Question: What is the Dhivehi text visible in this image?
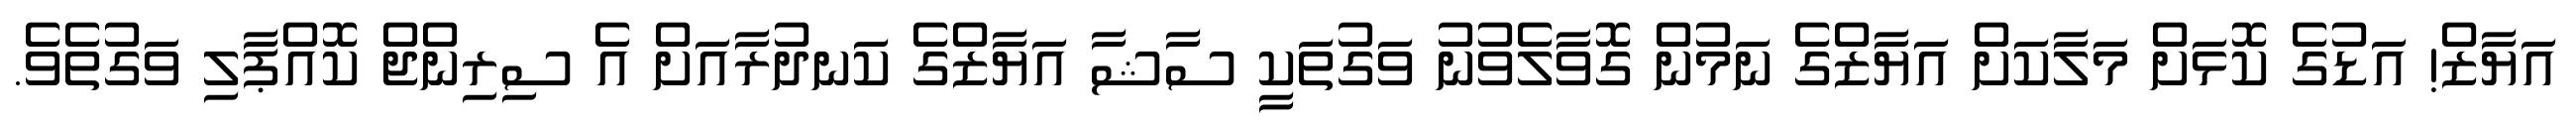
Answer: އަޔާޒް! އަޑުގެ ކޮޅަށް މަލާކަށް އަޔާޒްގެ ނަމުން ގޮވާލެވުނު ވަގުތަކީ ސާޝާ އަޔާޒްގެ ކަނދުރާއަށް އެ ސިރިންޖް ކޮއްޕާލި ވަގުތެވެ.